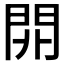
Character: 𨳡